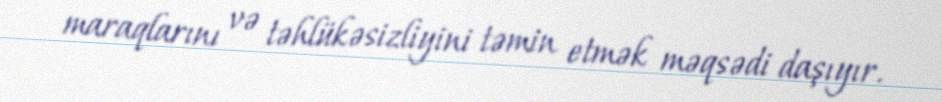
maraqlarını və təhlükəsizliyini təmin etmək məqsədi daşıyır.